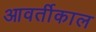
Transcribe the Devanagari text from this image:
आवर्तीकाल